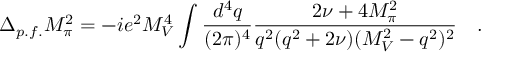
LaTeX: \Delta _ { p . f . } M _ { \pi } ^ { 2 } = - i e ^ { 2 } M _ { V } ^ { 4 } \int \frac { d ^ { 4 } q } { ( 2 \pi ) ^ { 4 } } \frac { 2 \nu + 4 M _ { \pi } ^ { 2 } } { q ^ { 2 } ( q ^ { 2 } + 2 \nu ) ( M _ { V } ^ { 2 } - q ^ { 2 } ) ^ { 2 } } \quad .